Medical and sanitary report of the native army of Madras for the year
Year: 1876
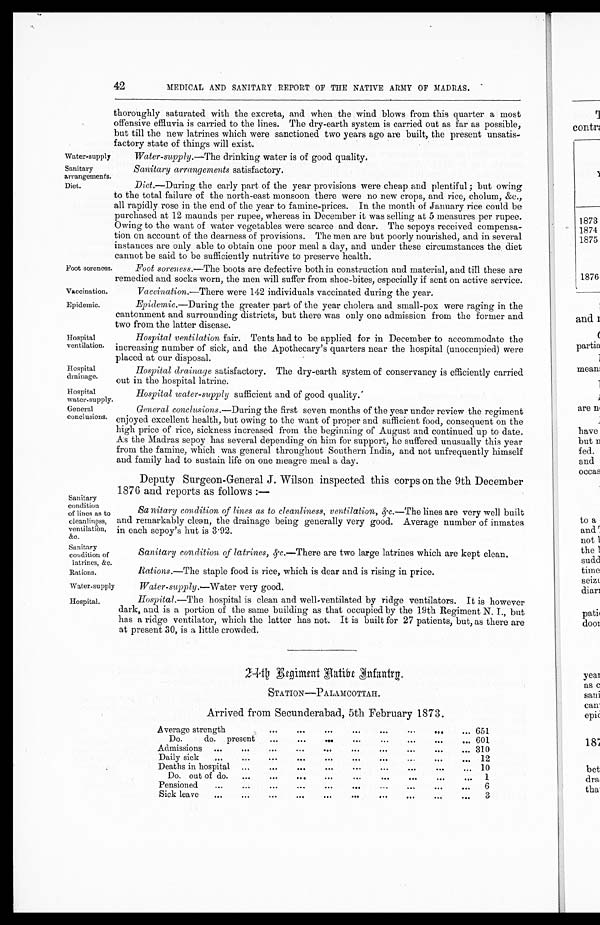
Water-supply
Sanitary
arrangements.
Foot soreness.
Vaccination.
Epidemic.
Hospital
ventilation.
Hospital
drainage.
42
MEDICAL AND SANITARY REPORT OF THE NATIVE ARMY OF MADRAS.
thoroughly saturated with the excreta, and when the wind blows from this quarter a most
offensive effluvia is carried to the lines. The dry-earth system is carried out as far as possible,
but till the new latrines which were sanctioned two years ago are built, the present unsatis
-factory state of things will exist.
Water-supply .—The drinking water is of good quality.
Sanitary arrangements satisfactory.
Diet.
Diet .—During the early part of the year provisions were cheap and plentiful; but owing
to the total failure of the north-east monsoon there were no new crops, and rice, cholum, &c.,
all rapidly rose in the end of the year to famine-prices. In the month of January rice could be
purchased at 12 maunds per rupee, whereas in December it was selling at 5 measures per rupee.
Owing to the want of water vegetables were scarce and dear. The sepoys received compensa
-tion on account of the dearness of provisions. The men are but poorly nourished, and in several
instances are only able to obtain one poor meal a day, and under these circumstances the diet
cannot be said to be sufficiently nutritive to preserve health.
Foot soreness .—The boots are defective both in construction and material, and till these are
remedied and socks worn, the men will suffer from shoe-bites, especially if sent on active service.
Vaccination .—There were 142 individuals vaccinated during the year.
Epidemic .—During the greater part of the year cholera and small-pox were raging in the
cantonment and surrounding districts, but there was only one admission from the former and
two from the latter disease.
Hospital ventilation fair. Tents had to be applied for in December to accommodate the
increasing number of sick, and the Apothecary's quarters near the hospital (unoccupied) were
placed at our disposal.
Hospital drainage satisfactory . The dry-earth system of conservancy is efficiently carried
out in the hospital latrine.
Hospital
water-supply.
Hospital water-supply sufficient and of good quality.
General
conclusions.
Sanitary
condition
of lines as to
cleanliness, ventilation,
&c.
Sanitary
condition of
latrines, &c.
Rations.
General conclusions .—During the first seven months of the year under review the regiment
enjoyed excellent health, but owing to the want of proper and sufficient food, consequent on the
high price of rice, sickness increased from the beginning of August and continued up to date.
As the Madras sepoy has several depending on him for support, he suffered unusually this year
from the famine, which was general throughout Southern India, and not unfrequently himself
and family had to sustain life on one meagre meal a day.
Deputy Surgeon-General J. Wilson inspected this corps on the 9th December
1876 and reports as follows :—
Sanitary condition of lines as to cleanliness, ventilation, &c.—The lines are very well built
and remarkably clean, the drainage being generally very good. Average number of inmates
in each sepoy's hut is 3.92.
Sanitary condition of latrines , &c.—There are two large latrines which are kept clean.
Rations .—The staple food is rice, which is dear and is rising in price.
Water-supply
Water-supply.—Water very good.
Hospital.
Hospital .—The hospital is clean and well-ventilated by ridge ventilators. It is however
dark, and is a portion of the same building as that occupied by the 19th Regiment N. I., but
has a ridge ventilator, which the latter has not. It is built for 27 patients, but, as there are
at present 30, is a little crowded.
24th Regiment Native Infantry.
STATION—PALAMCOTTAH.
Arrived from Secunderabad, 5th February 1873.
Average strength
...
...
...
...
...
...
...
...
...
... 651
Do.
do. present
...
...
...
...
...
...
...
...
601
Admissions
...
...
...
...
...
...
...
...
...
...
310
Daily sick
...
...
...
...
...
...
...
...
...
...
12
Deaths in hospital
...
...
...
...
...
...
...
... ... ...
10
Do. out of do.
...
...
...
...
...
...
...
...
...
1
Pensioned
...
...
...
...
...
...
...
...
...
...
...
6
Sick leave
...
... ... ... ... ... ... ... ... ... ...
3